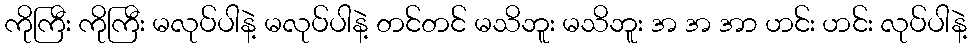
ကိုကြီး ကိုကြီး မလုပ်ပါနဲ့ မလုပ်ပါနဲ့ တင်တင် မသိဘူး မသိဘူး အ အ အာ ဟင်း ဟင်း လုပ်ပါနဲ့